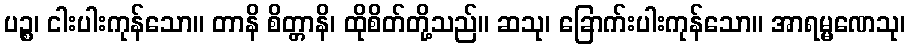
ပဉ္စ၊ ငါးပါးကုန်သော။ တာနိ စိတ္တာနိ၊ ထိုစိတ်တို့သည်။ ဆသု၊ ခြောက်းပါးကုန်သော။ အာရမ္မဏေသု၊